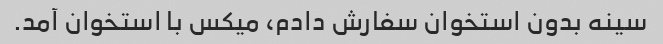
سینه بدون استخوان سفارش دادم، میکس با استخوان آمد.